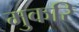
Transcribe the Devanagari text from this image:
मुकरि